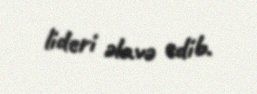
lideri əlavə edib.